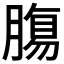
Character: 𮌷